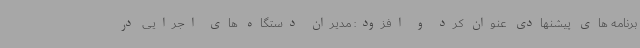
برنامه های پیشنهادی عنوان کرد و افزود: مدیران دستگاه های اجرایی در